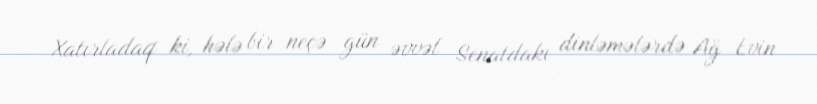
Xatırladaq ki, hələ bir neçə gün əvvəl Senatdakı dinləmələrdə Ağ Evin